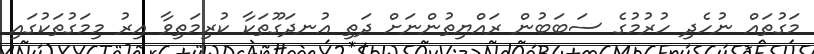
މަގުތައް ނުހެދި ހުރުމުގެ ސަބަބުން ރައްޔިތުންނަށް ދަތި އުނދަގޫތަކާ ކުރިމަތިވާ އިރު މިމަގުތަކުގައި